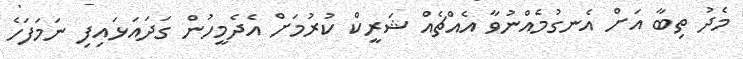
މެދު ތިބާ އަށް އެނގުމެއްނުވާ އެއްޗެއް ޝަރީކް ކުރުމަށް އެދެމީހުން ގަދައަޅައިފި ނަމަފަހެ